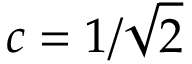
c = 1 / \sqrt { 2 }